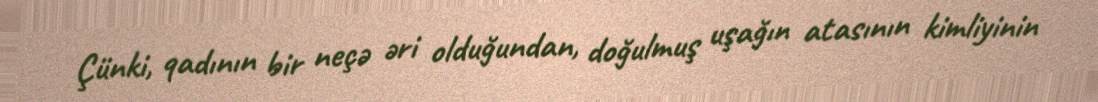
Çünki, qadının bir neçə əri olduğundan, doğulmuş uşağın atasının kimliyinin